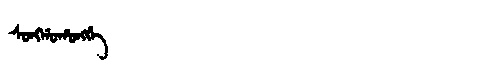
Manchu: ᠰᠣᠩᡤᠣᡥᠣᠩᡤᡝ
Romanization: SONGGOHONGGE